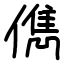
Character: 儁